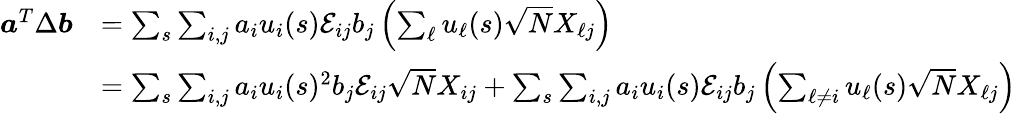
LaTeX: \begin{array}{rl}{{\boldsymbol a}^{T}\Delta{\boldsymbol b}}&{=\sum_{s}\sum_{i,j}a_{i}u_{i}(s){\mathcal E}_{ij}b_{j}\left(\sum_{\ell}u_{\ell}(s)\sqrt{N}X_{\ell j}\right)}\\ &{=\sum_{s}\sum_{i,j}a_{i}u_{i}(s)^{2}b_{j}{\mathcal E}_{ij}\sqrt{N}X_{ij}+\sum_{s}\sum_{i,j}a_{i}u_{i}(s){\mathcal E}_{ij}b_{j}\left(\sum_{\ell\neq i}u_{\ell}(s)\sqrt{N}X_{\ell j}\right)}\end{array}